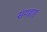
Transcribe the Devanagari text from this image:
संगडाह